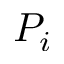
P _ { i }